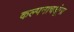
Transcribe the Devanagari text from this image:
कल्पनाचक्षूंना